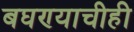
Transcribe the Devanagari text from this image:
बघण्याचीही